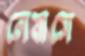
লেবাসে